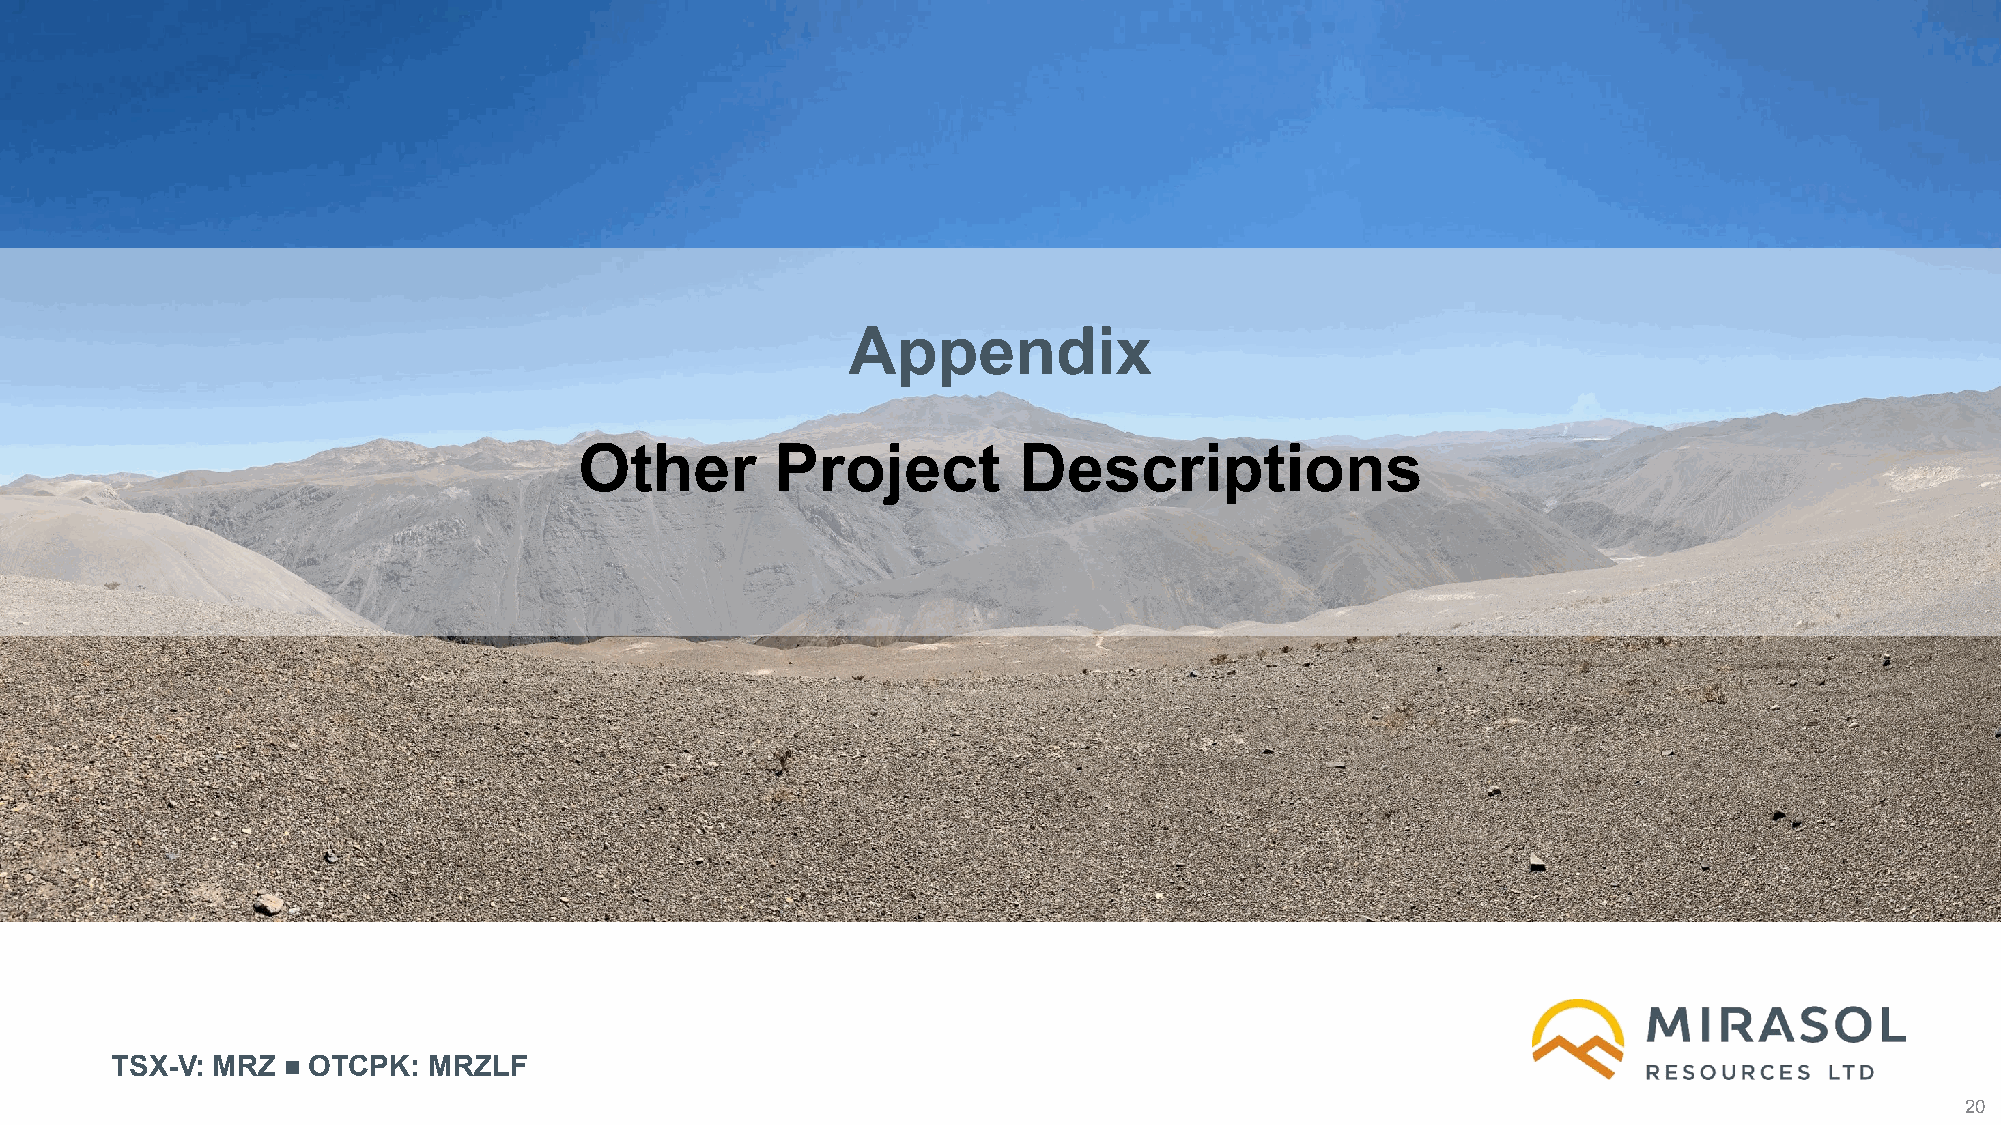
Appendix
 Other        Project         Descriptions
 TSX-V: MRZ   OTCPK:  MRZLF
 20